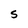
Character: S